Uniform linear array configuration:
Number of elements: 64
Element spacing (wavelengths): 1
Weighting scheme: binomial
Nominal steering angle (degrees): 15
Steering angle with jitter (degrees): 16.817
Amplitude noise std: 0.05
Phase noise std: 0.05

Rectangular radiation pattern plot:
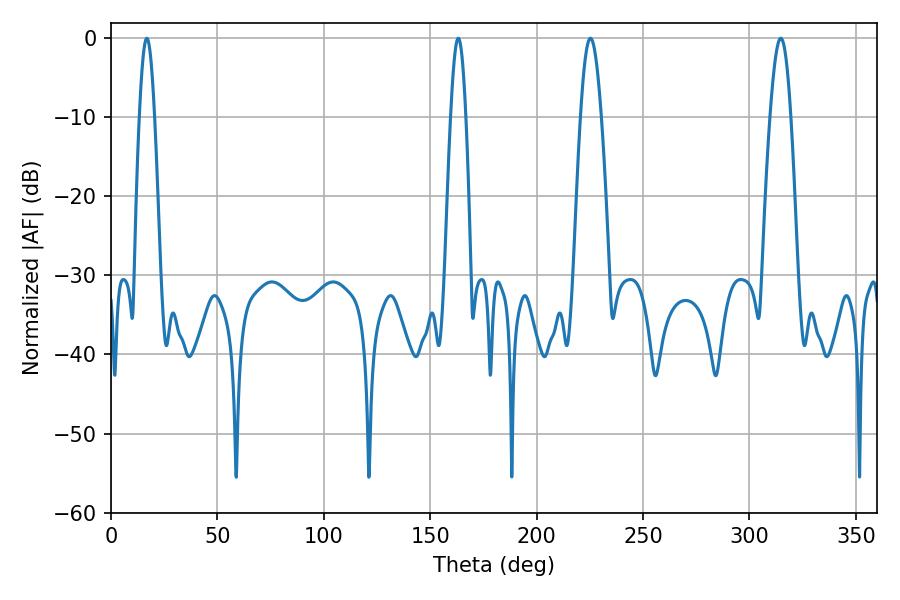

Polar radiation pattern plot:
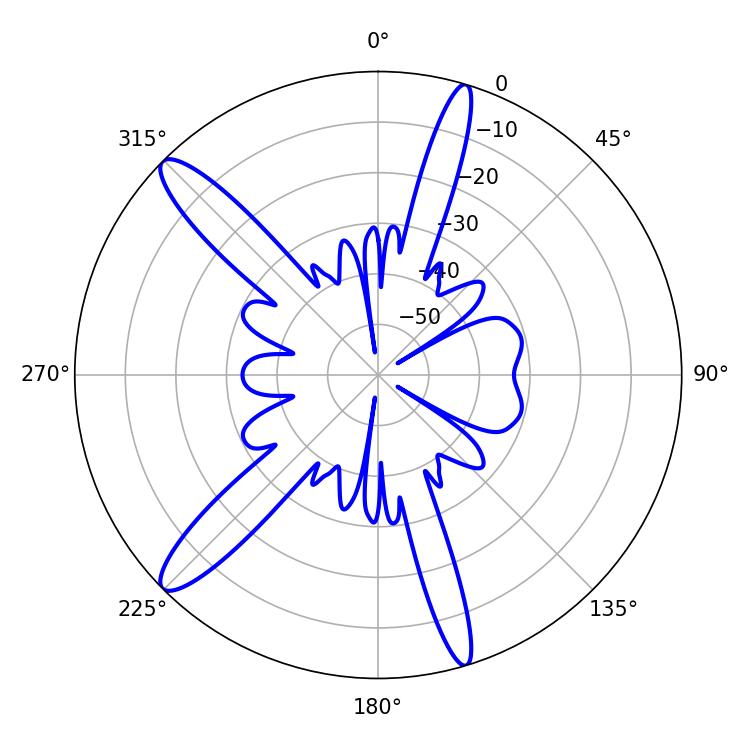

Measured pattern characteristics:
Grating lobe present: TRUE
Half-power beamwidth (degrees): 5.22
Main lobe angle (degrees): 225.36